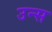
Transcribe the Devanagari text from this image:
उन्स